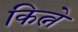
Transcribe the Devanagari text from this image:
कित्ने